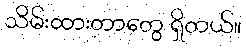
သိမ်းထားတာတွေ ရှိတယ်။